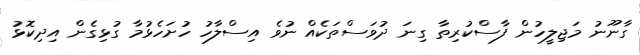
ގާނޫނު މަޖިލީހުން ފާސްކުރިތާ ގިނަ ދުވަސްތަކެއް ނުވެ އިސްލާހު ހުށަހެޅުމާ ގުޅިގެން އިދިކޮޅު